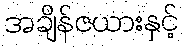
အချိန်ဇယားနှင့်